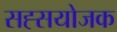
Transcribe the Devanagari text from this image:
सह्सयोजक